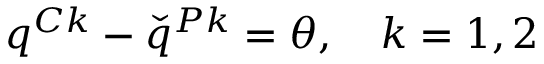
q ^ { C k } - \check { q } ^ { P k } = \boldsymbol { \theta } , \quad k = 1 , 2